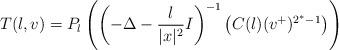
LaTeX: \begin{align*}T(\l,v)=P_{\l}\left(\left(-\Delta-\frac{\l}{|x|^2}I\right)^{-1}\left(C(\l)(v^+)^{2^*-1}\right)\right)\end{align*}